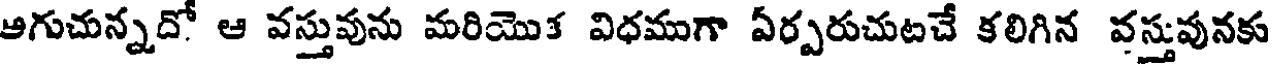
ఆగుచున్నదో ఆ వస్తువును మరియొక విధముగా ఏర్పరుచుటచే కలిగిన వస్తువునకు